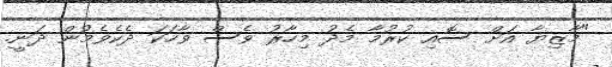
"މާޒިޔާ އަށް ސޮއި ކުރުމާ މެދު މިހާރު ވެސް ވާހަކަ ދެކެވެމުން ދަނީ.